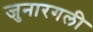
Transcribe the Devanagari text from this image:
जुनारगली